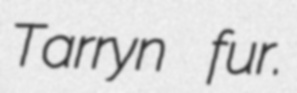
Tarryn fur.